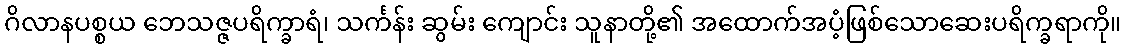
ဂိလာနပစ္စယ ဘေသဇ္ဇပရိက္ခာရံ၊ သင်္ကန်း ဆွမ်း ကျောင်း သူနာတို့၏ အထောက်အပံ့ဖြစ်သောဆေးပရိက္ခရာကို။